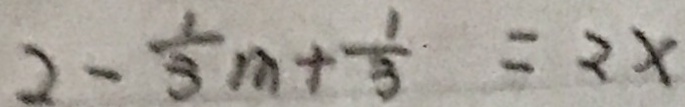
2 - \frac { 1 } { 3 } m + \frac { 1 } { 3 } = 2 x